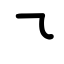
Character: ㇍